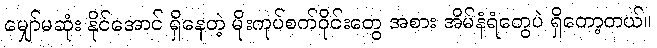
မျှော်မဆုံး နိုင်အောင် ရှိနေတဲ့ မိုးကုပ်စက်ဝိုင်းတွေ အစား အိမ်နံရံတွေပဲ ရှိတော့တယ်။